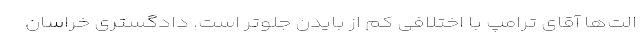
الت‌ها آقای ترامپ با اختلافی کم از بایدن جلوتر است. دادگستری خراسان